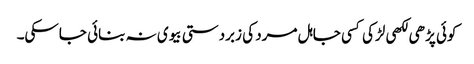
کوئی پڑھی لکھی لڑکی کسی جاہل مرد کی زبردستی بیوی نہ بنائی جاسکی۔